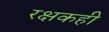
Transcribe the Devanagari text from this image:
रक्षकही